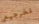
نخرجهم